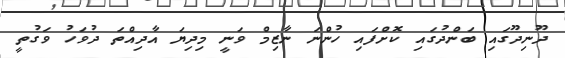
ދޫނިދޫގައި ބަންދުގައި ކޮށްފައި ހުންނަ ނާޒިމް ވަނީ މިދިޔަ އާދިއްތަ ދުވަހު ވަގުތީ